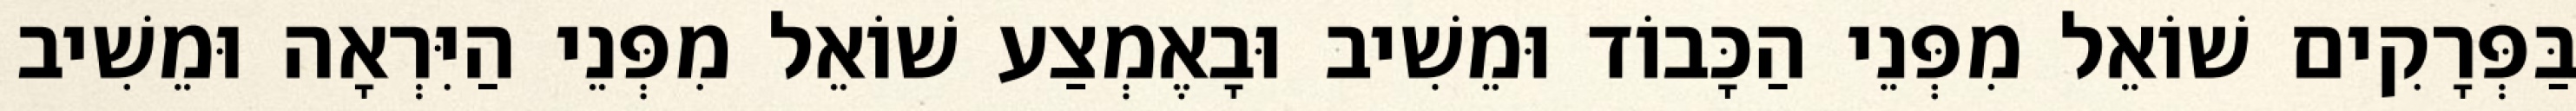
בַּפְּרָקִים שׁוֹאֵל מִפְּנֵי הַכָּבוֹד וּמֵשִׁיב וּבָאֶמְצַע שׁוֹאֵל מִפְּנֵי הַיִּרְאָה וּמֵשִׁיב